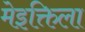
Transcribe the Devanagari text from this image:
मेइक्तिला